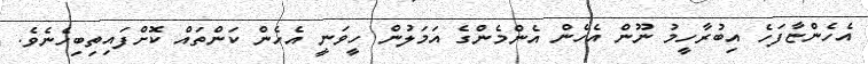
އެހެންޏާފަހެ އިބުރާހީމު ނޫން އެހެން އެންމެންގެ އަމަލުން ހީވަނީ އެހެން ކަންތައް ކޮށްފައިތިބިހެނެވެ.